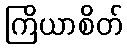
ကြိယာစိတ်